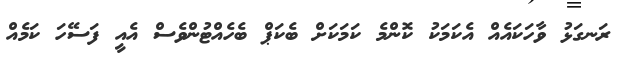
ރަނގަޅު ވާހަކައެއް އެކަމަކު ކޮންމެ ކަމަކަށް ބެކަޕް ބެހެއްޓުންވެސް އެއީ ފަސޭހަ ކަމެއް